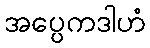
အပ္ပေကဒါဟံ